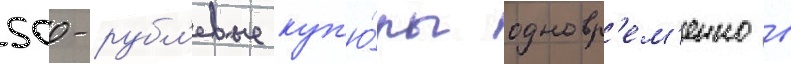
500-рубл'евые куп'ю́ры одновр'ем'енно в